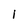
Character: I